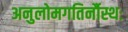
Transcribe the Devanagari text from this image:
अनुलोमगतिर्नौस्थः